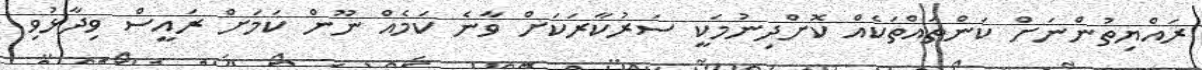
ރައްޔިތުންނަށް ކަންތައްތަކެއް ކޮށްދިނުމަކީ ސަރުކާރަކަށް ވާނެ ކަމެއް ނޫން ކަމަށް ރައީސް ވިދާޅުވި